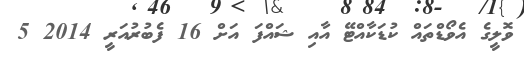
ވޮލީގެ އެވޯޑްތައް ކުޑަކާއްޓޭ އާއި ޝައްފަ އަށް 16 ފެބުރުއަރީ 2014 5